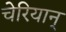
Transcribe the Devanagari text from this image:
चेरियान्